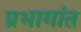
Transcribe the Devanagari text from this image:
प्रभागांत